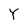
Character: Y